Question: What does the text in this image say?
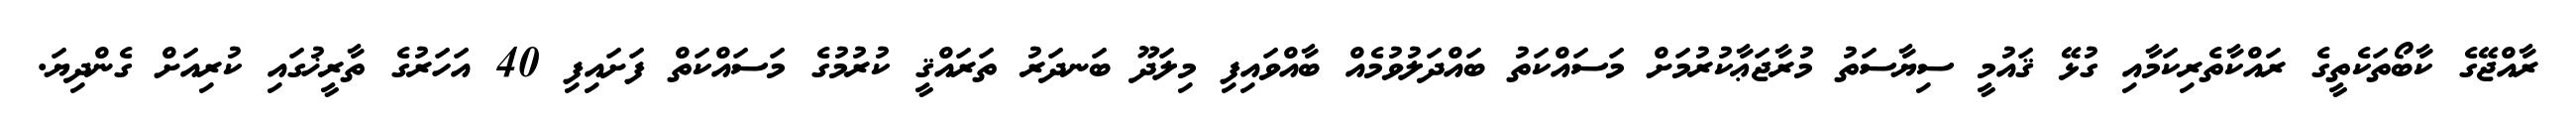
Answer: ރާއްޖޭގެ ކާބޯތަކެތީގެ ރައްކާތެރިކަމާއި ގުޅޭ ޤައުމީ ސިޔާސަތު މުރާޖަޢާކުރުމަށް މަސައްކަތު ބައްދަލުވުމެއް ބާއްވައިފި މިލަދޫ ބަނދަރު ތަރައްޤީ ކުރުމުގެ މަސައްކަތް ފަށައިފި 40 އަހަރުގެ ތާރީޚުގައި ކުރިއަށް ގެންދިޔަ.